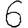
Digit: 6